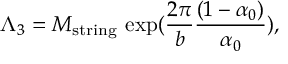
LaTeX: \Lambda _ { 3 } = M _ { \mathrm { s t r i n g } } ~ \mathrm { e x p } { ( { \frac { 2 \pi } { b } } { \frac { ( 1 - \alpha _ { 0 } ) } { \alpha _ { 0 } } } ) } ,